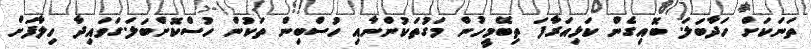
ތަނަކަށް ހަދާބަލަ. ބޮއިގެން ކަޅިއަރާފަ ތިބޭމީހުން މަގުތަކުންނާއި ހުސްބިން ތަކުން ހުސްކޮށްބަލަ.ގަވައިދާ ހިލާފަށް